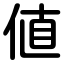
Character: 値